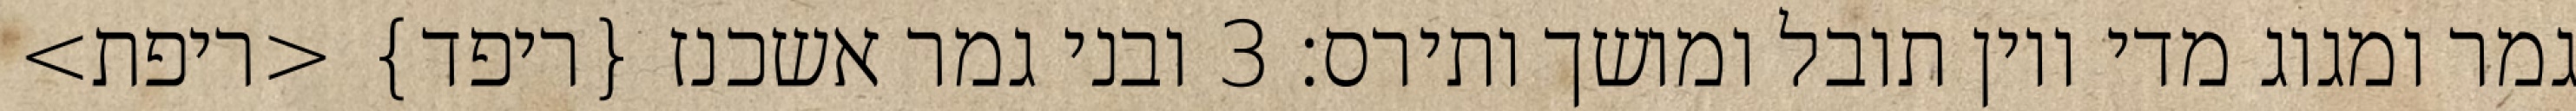
גמר ומגוג מדי ויון תובל ומושך ותירס׃ ‎3‏ ובני גמר אשכנז {ריפד} <ריפת>